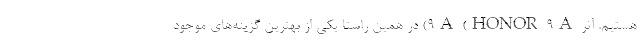
هستیم. آنر 9A (HONOR 9A) در همین راستا یکی از بهترین گزینه‌های موجود